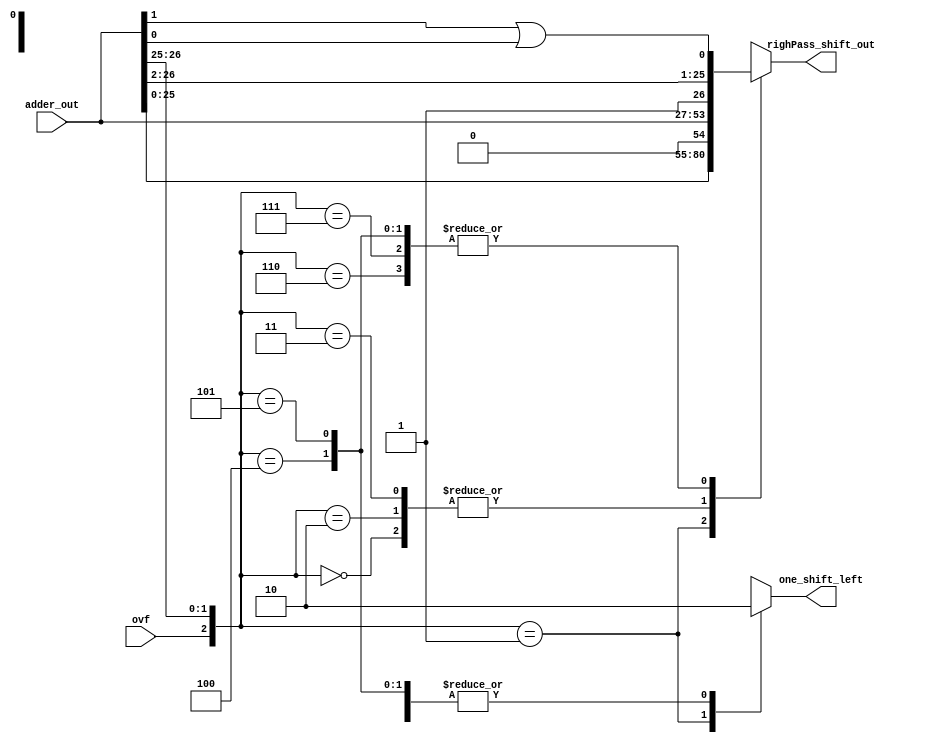
    module left_right_shifter (
input wire [26:0] adder_out , 
input wire ovf , 
output reg [26:0] righPass_shift_out,
output reg one_shift_left 
); 

wire [2:0] control_bits ;  
assign control_bits = {ovf,adder_out [26:25] } ; 

parameter	shift_left = 2'b 00 ,	
			shift_right= 2'b 01 , 
			donnot_shift = 2'b 10 ; 

always@(*) 
begin 
	case (control_bits)
	3'b 000:  // do nothing the left pass will be chosen 
	begin
	 righPass_shift_out=adder_out ; 
	 one_shift_left= 0 ; 
	end
	3'b 001:// shift left by 1 
	begin
		righPass_shift_out = adder_out <<1 ;
		one_shift_left= 1 ; 
	end
	3'b 010:// do nothing 
	begin
	righPass_shift_out=adder_out ;
	one_shift_left= 0 ; 
	end
	3'b 011: //do nothing 
	begin
	righPass_shift_out=adder_out ;
	one_shift_left = 0 ; 
	end
	3'b 100: // shift right  
	begin
	righPass_shift_out={1'b1 , adder_out[26:2] , (adder_out[1] | adder_out[0])} ;
	one_shift_left = 0 ; 
	end
	3'b 101: // shift right
	begin
	righPass_shift_out={1'b1 , adder_out[26:2] , (adder_out[1] | adder_out[0])}  ;
	one_shift_left = 0 ; 
	end
	3'b 110: // shift right
	begin
	righPass_shift_out={1'b1 , adder_out[26:2] , (adder_out[1] | adder_out[0])} ; 
	one_shift_left = 0 ; 
	end
	3'b 111: // shift right
	begin
	righPass_shift_out={1'b1 , adder_out[26:2] , (adder_out[1] | adder_out[0])}  ;
	one_shift_left = 0 ; 
	end
	
	endcase 
end 
endmodule